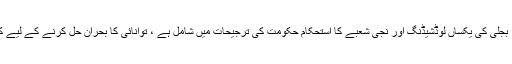
راجہ پرویز اشرف نے کہا کہ امن و امان کی صورتحال بہتر بنانا، بجلی کی یکساں لوڈشیڈنگ اور نجی شعبے کا استحکام حکومت کی ترجیحات میں شامل ہے ، توانائی کا بحران حل کرنے کے لیے کوئلے اور سولر انرجی کے بہت سے پراجیکٹس پر کام جاری ہے۔